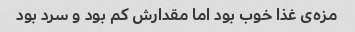
مزه‌ی غذا خوب بود اما مقدارش کم بود و سرد بود